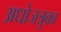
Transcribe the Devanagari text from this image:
अधोजत्रुका